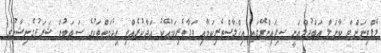
ލެފްޓިނަންޓް ކާނަލް ޢަބްދުލްޣަނީ ސިފައިންގޭގައި އިޚްލާޞްތެރިކަމާއި ވަފާތެރިކަމާއެކު އަދާކުރެއްވި ޚިދުމަތްތަކުގެ ސަބަބުން ޝަރަފުގެނިޝާނުގެ